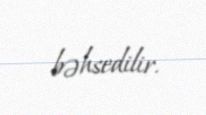
bəhsedilir.